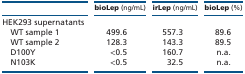
<table><thead><tr><td></td><td><b>bioLep (ng/mL)</b></td><td><b>irLep (ng/mL)</b></td><td><b>bioLep (%)</b></td></tr></thead><tbody><tr><td colspan="4">HEK293 supernatants</td></tr><tr><td> WT sample 1</td><td>499.6</td><td>557.3</td><td>89.6</td></tr><tr><td> WT sample 2</td><td>128.3</td><td>143.3</td><td>89.5</td></tr><tr><td> D100Y</td><td>&lt;0.5</td><td>160.7</td><td>n.a.</td></tr><tr><td> N103K</td><td>&lt;0.5</td><td>32.5</td><td>n.a.</td></tr></tbody></table>